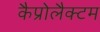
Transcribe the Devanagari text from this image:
कैप्रोलैक्टम